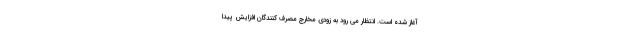
آغاز شده است. انتظار می رود به زودی مخارج مصرف کنندگان افزایش پیدا